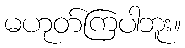
မဟုတ်ကြပါဘူး။